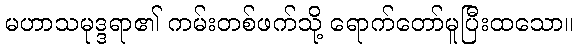
မဟာသမုဒ္ဒရာ၏ ကမ်းတစ်ဖက်သို့ ရောက်တော်မူပြီးထသော။